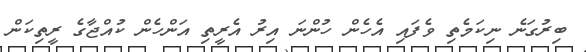
ބިރުގަނެ ނިކަމެތި ވެފައި އެހެން ހުންނަ އިރު އެރީތި އަންހެން ކުއްޖާގެ ރީތިކަން